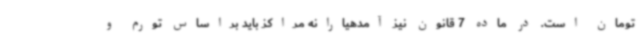
تومان است. در ماده 7 قانون نیز آمدهیارانه مراکز باید براساس تورم و